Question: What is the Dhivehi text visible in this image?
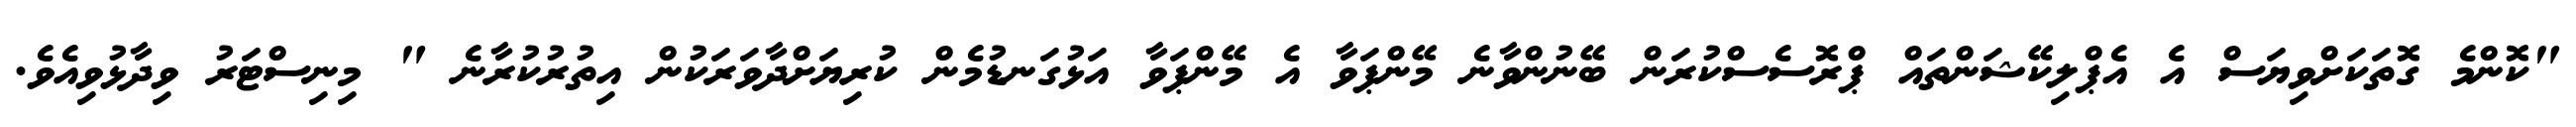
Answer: "ކޮންމެ ގޮތަކަށްވިޔަސް އެ އެޕްލިކޭޝަންތައް ޕްރޮސެސްކުރަން ބޭނުންވާނެ މޭންޕަވާ އެ މޭންޕަވާ އަޅުގަނޑުމެން ކުރިޔަށްދާވަރަކުން އިތުރުކުރާނެ " މިނިސްޓަރު ވިދާޅުވިއެވެ.